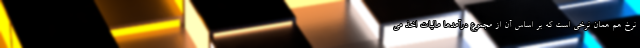
نرخ هم همان نرخی است که بر اساس آن از مجموع درآمدها مالیات اخذ می